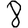
Digit: 8